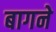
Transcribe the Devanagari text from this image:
बागने